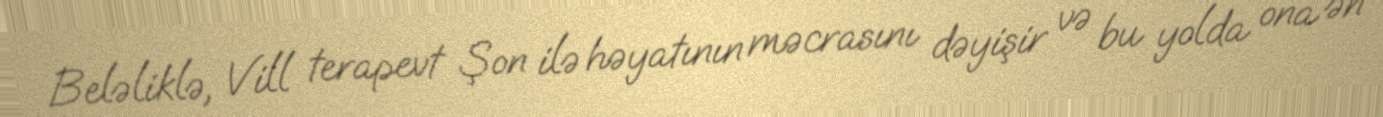
Beləliklə, Vill terapevt Şon ilə həyatının məcrasını dəyişir və bu yolda ona ən